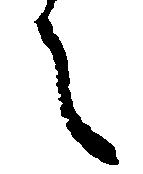
之